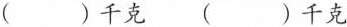
()千克 ()千克